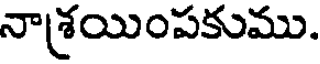
నాశ్రయింపకుము.